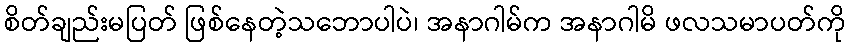
စိတ်ချည်းမပြတ် ဖြစ်နေတဲ့သဘောပါပဲ၊ အနာဂါမ်က အနာဂါမိ ဖလသမာပတ်ကို